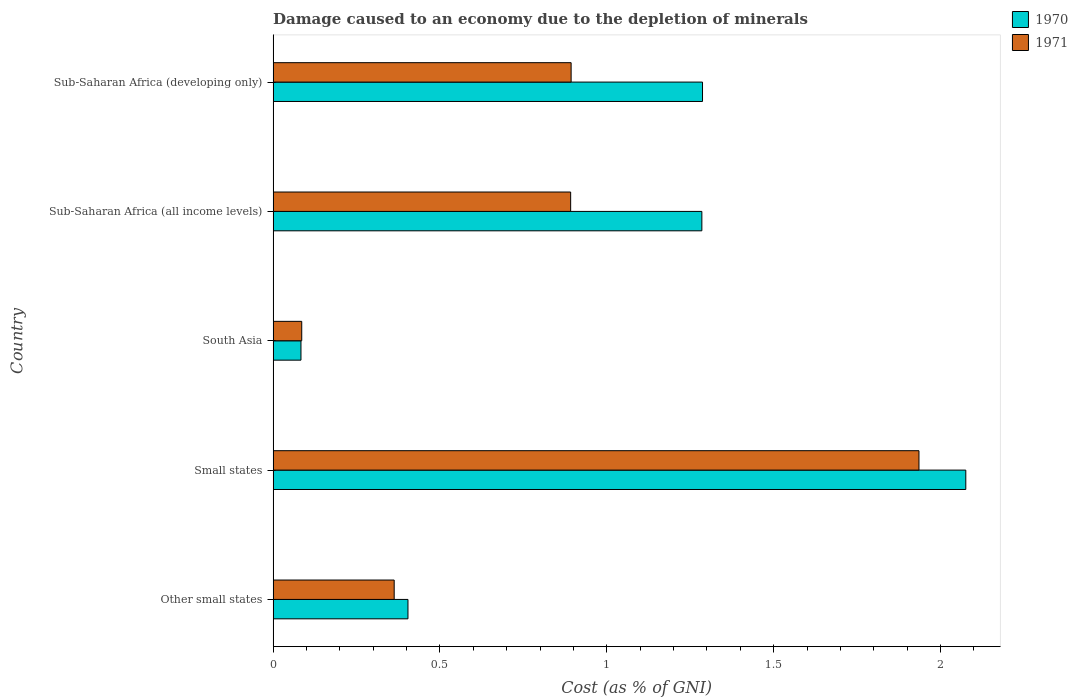
| Country | 1970 | 1971 |
 | --- | --- | --- |
 | Other small states | 0.404 | 0.363 |
 | Small states | 2.08 | 1.94 |
 | South Asia | 0.0834 | 0.0858 |
 | Sub-Saharan Africa (all income levels) | 1.28 | 0.892 |
 | Sub-Saharan Africa (developing only) | 1.29 | 0.893 |